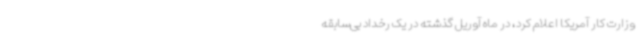
وزارت کار آمریکا اعلام کرد، در ماه آوریل گذشته در یک رخداد بی‌سابقه